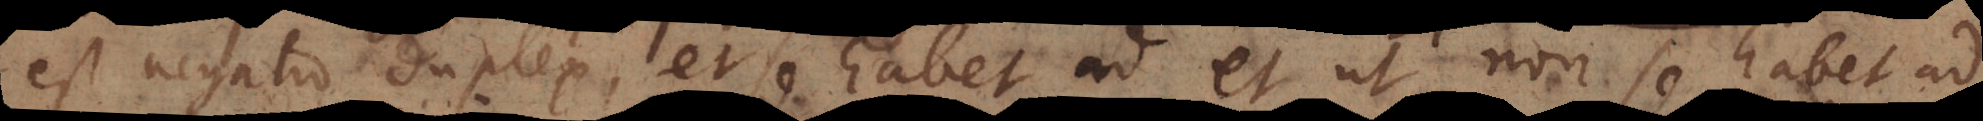
est negatio duplex, et se habet ad et ut non se habet ad